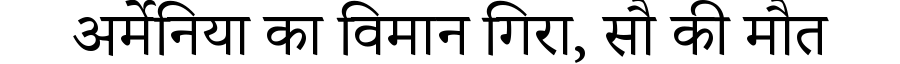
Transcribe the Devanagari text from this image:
अर्मेनिया का विमान गिरा, सौ की मौत